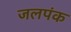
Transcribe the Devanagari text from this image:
जलपंक